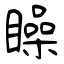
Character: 矂